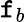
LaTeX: \mathtt{f}_{b}